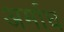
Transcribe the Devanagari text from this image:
अर्माघ